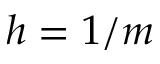
h = 1 / m